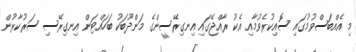
މި އެއްބަސްވުމުގައި ސޮއިކުރެވުމާއި އެކު ރާއްޖޭގައި އިނގިރޭސީންގެ މަންދޫބަކު ބަހައްޓަން އިނގިރޭސި ސަރުކާރުން